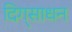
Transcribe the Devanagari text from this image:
दिग्‌साधन